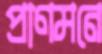
প্রাণমনে